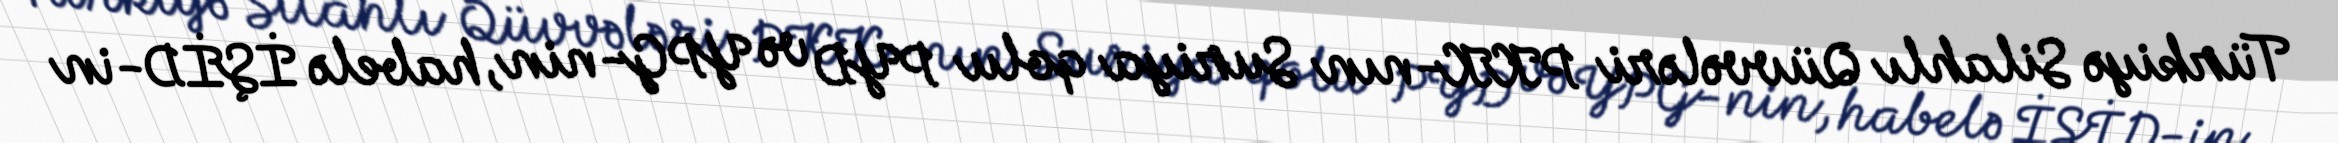
Türkiyə Silahlı Qüvvələri PKK-nın Suriya qolu PYD və YPG-nin, habelə İŞİD-in